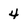
Character: 4